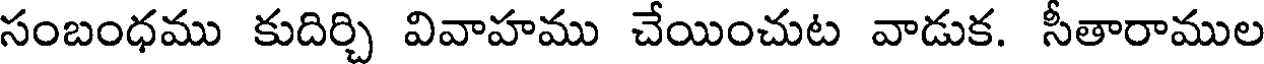
సంబంధము కుదిర్చి వివాహము చేయించుట వాడుక. సీతారాముల